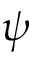
\psi